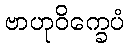
ဗာဟုဝိက္ခေပံ